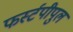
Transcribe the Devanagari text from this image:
फर्स्टपीपुल